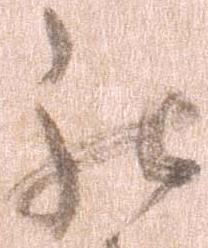
被